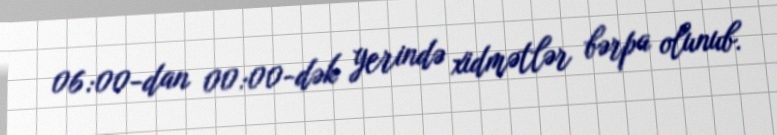
06:00-dan 00:00-dək yerində xidmətlər bərpa olunub.